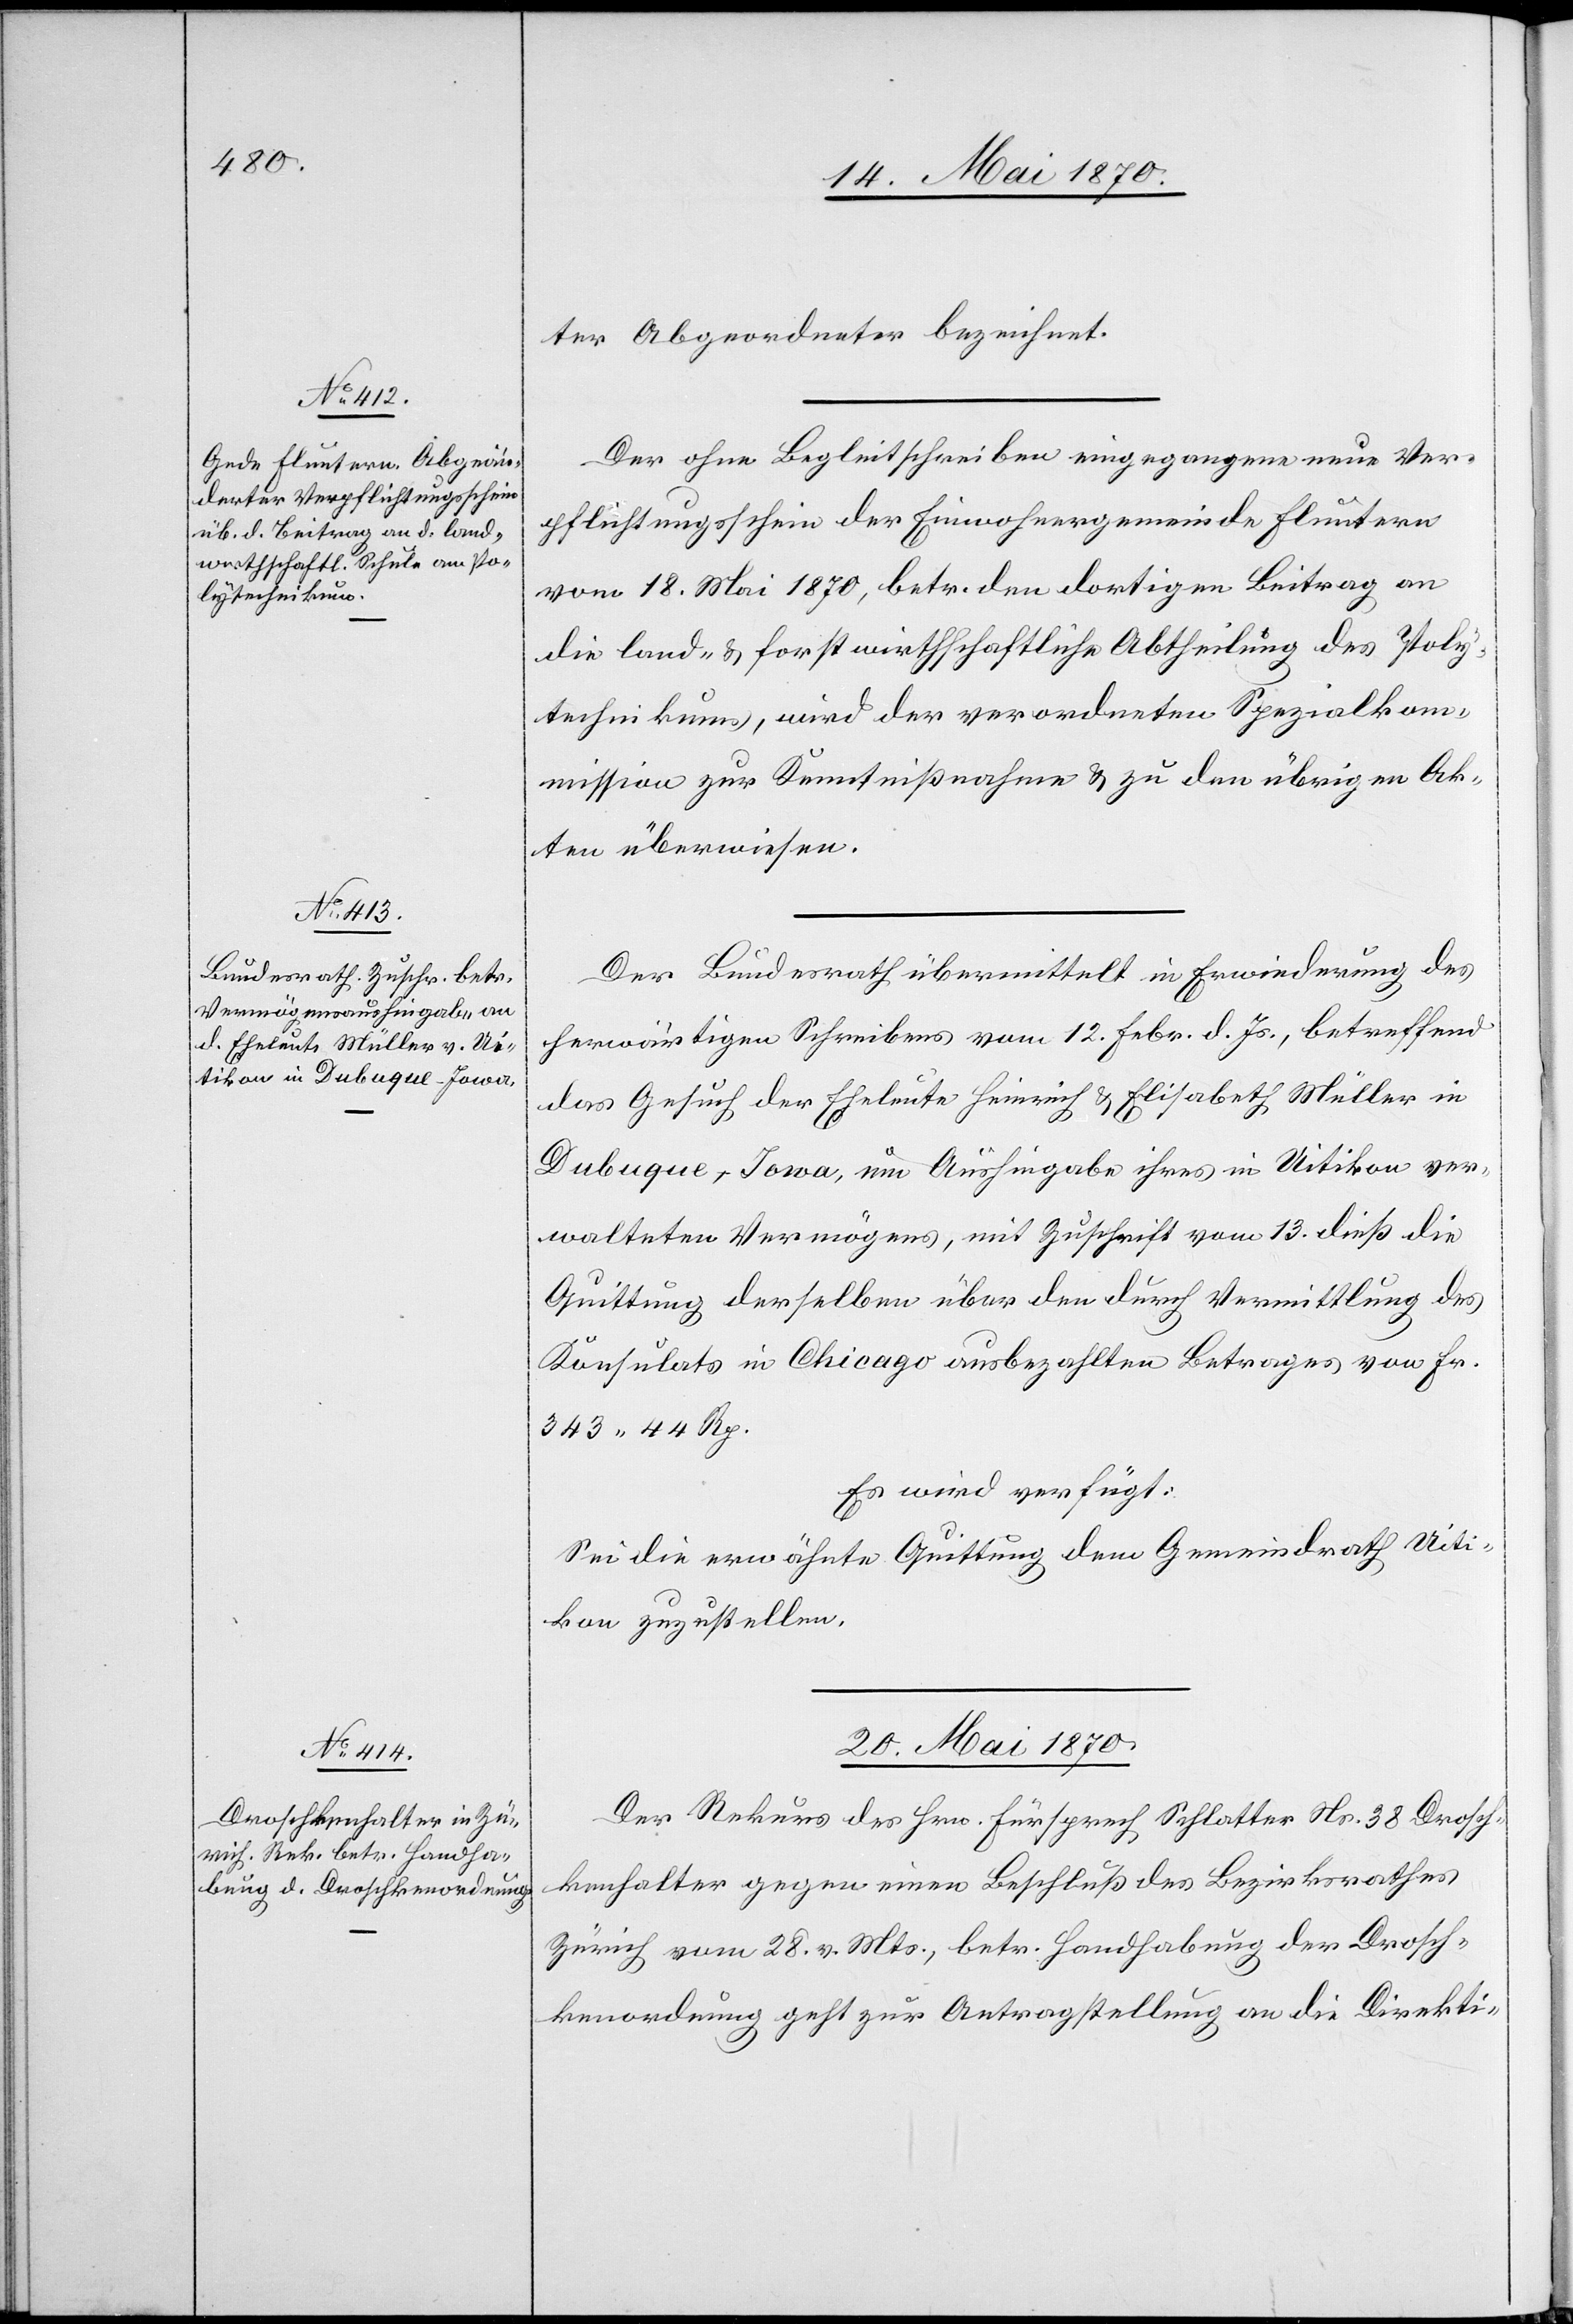
18. Mai 1870.]
ter Abgeordneter bezeichnet.
Der ohne Begleitschreiben eingegangene neue Ver¬
pflichtungsschein der Einwohnergemeinde Fluntern
vom 18. Mai 1870, betr. den dortigen Beitrag an
die land- & forstwirthschaftliche Abtheilung des Poly¬
technikums, wird der verordneten Spezialkom¬
mission zur Kenntnißnahme & zu den übrigen Ak¬
ten überwiesen.
Der Bundesrath übermittelt in Erwiederung des
herwärtigen Schreibens vom 12. Febr. d. Js., betreffend
das Gesuch der Eheleute Heinrich & Elisabeth Müller in
Dubuque, Iowa, um Aushingabe ihres in Uitikon ver¬
walteten Vermögens, mit Zuschrift vom 13. dieß die
Quittung derselben über den durch Vermittlung des
Konsulats in Chicago ausbezahlten Betrages von Fr.
343. 44 Rp.
Es wird verfügt:
Sei erwähnte Quittung dem Gemeindrath Uiti¬
kon zuzustellen.
20. Mai 1870.
Der Rekurs des Hrn. Fürsprech Schlatter Ns. 38 Drosch¬
kenhalter gegen einen Beschluß des Bezirksrathes
Zürich vom 28. v. Mts., betr. Handhabung der Drosch¬
kenordnung geht zur Antragstellung an die Direkti-